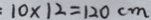
1 0 \times 1 2 = 1 2 0 c m